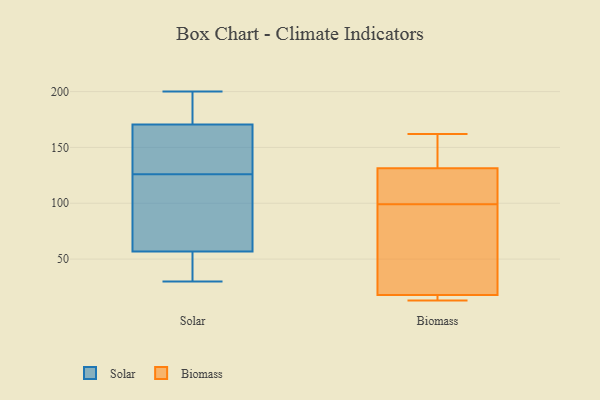
{"axis": {"x": "Inventory Turnover", "y": "Value"}, "legend": ["Biomass", "Solar"], "data": [{"x": "", "y": 175, "type": "Solar"}, {"x": "", "y": 169, "type": "Solar"}, {"x": "", "y": 126, "type": "Solar"}, {"x": "", "y": 184, "type": "Solar"}, {"x": "", "y": 200, "type": "Solar"}, {"x": "", "y": 56, "type": "Solar"}, {"x": "", "y": 126, "type": "Solar"}, {"x": "", "y": 36, "type": "Solar"}, {"x": "", "y": 142, "type": "Solar"}, {"x": "", "y": 145, "type": "Solar"}, {"x": "", "y": 72, "type": "Solar"}, {"x": "", "y": 79, "type": "Solar"}, {"x": "", "y": 35, "type": "Solar"}, {"x": "", "y": 30, "type": "Solar"}, {"x": "", "y": 57, "type": "Solar"}, {"x": "", "y": 175, "type": "Solar"}, {"x": "", "y": 110, "type": "Solar"}, {"x": "", "y": 162, "type": "Biomass"}, {"x": "", "y": 114, "type": "Biomass"}, {"x": "", "y": 99, "type": "Biomass"}, {"x": "", "y": 68, "type": "Biomass"}, {"x": "", "y": 13, "type": "Biomass"}, {"x": "", "y": 13, "type": "Biomass"}, {"x": "", "y": 152, "type": "Biomass"}, {"x": "", "y": 15, "type": "Biomass"}, {"x": "", "y": 107, "type": "Biomass"}, {"x": "", "y": 26, "type": "Biomass"}, {"x": "", "y": 137, "type": "Biomass"}]}